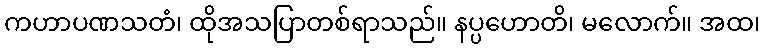
ကဟာပဏသတံ၊ ထိုအသပြာတစ်ရာသည်။ နပ္ပဟောတိ၊ မလောက်။ အထ၊